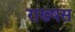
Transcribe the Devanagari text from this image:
राख्षस